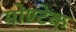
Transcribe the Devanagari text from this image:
मोण्टेक